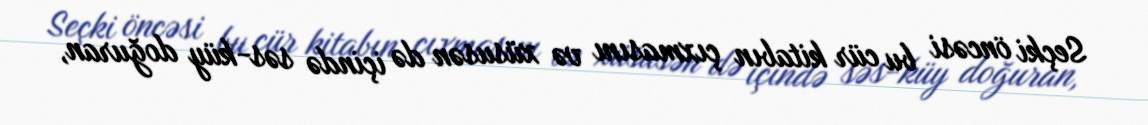
Seçki öncəsi bu cür kitabın çıxmasını və xüsusən də içində səs-küy doğuran,